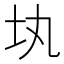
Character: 𡉕